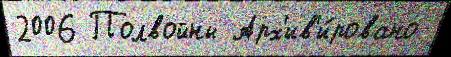
2006 Полвойны Арх'ив'и́ровано